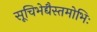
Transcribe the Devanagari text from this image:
सूचिभेद्यैस्तमोभिः